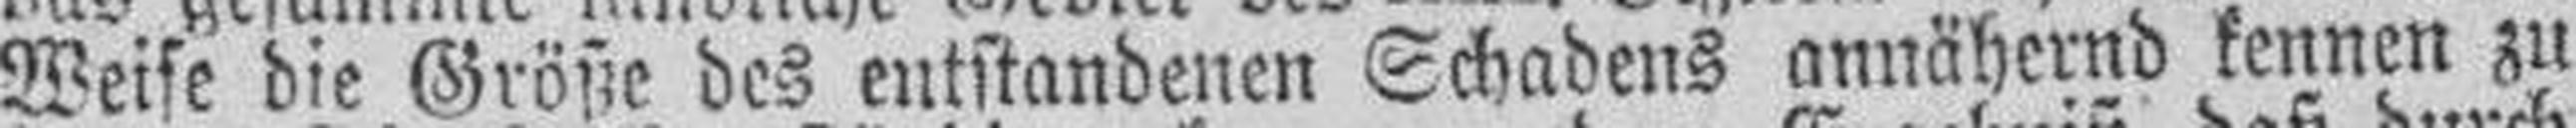
Weise die Größe des entstandenen Schadens annähernd kennen zu